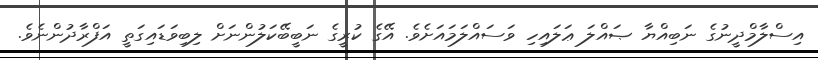
އިސްލާމްދީނުގެ ނަބިއްޔާ ޞައްލަ ޢަލައިހި ވަސައްލަމައަށެވެ. އޭގެ ކުރީގެ ނަބީބޭކަލުންނަށް ލިބިވަޑައިގަތީ އަފްރާދުންނެވެ.